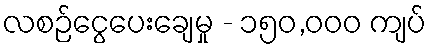
လစဉ်ငွေပေးချေမှု - ၁၅၀,၀၀၀ ကျပ်